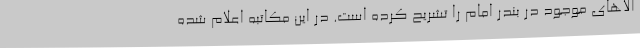
الاهای موجود در بندر امام را تشریح کرده است. در این مکاتبه اعلام شده